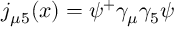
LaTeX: j _ { \mu 5 } ( x ) = \psi ^ { + } \gamma _ { \mu } \gamma _ { 5 } \psi